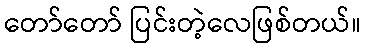
တော်တော် ပြင်းတဲ့လေဖြစ်တယ်။